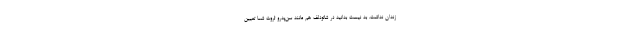
زندان نداشت. بد نیست بدانید در شاتودلف هم مانند سن‌پدرو ثروت شما تعیین